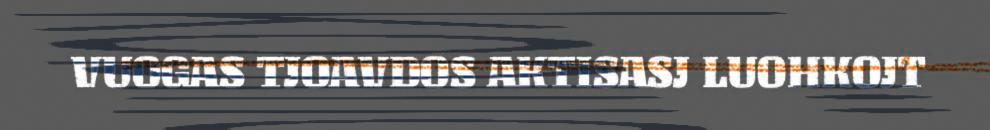
VUOGAS TJOAVDOS AKTISASJ LUOHKOJT